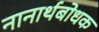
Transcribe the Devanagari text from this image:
नानार्थबोधक